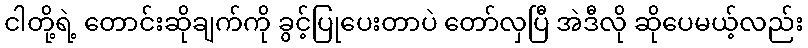
ငါတို့ရဲ့ တောင်းဆိုချက်ကို ခွင့်ပြုပေးတာပဲ တော်လှပြီ အဲဒီလို ဆိုပေမယ့်လည်း